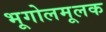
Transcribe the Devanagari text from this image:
भूगोलमूलक